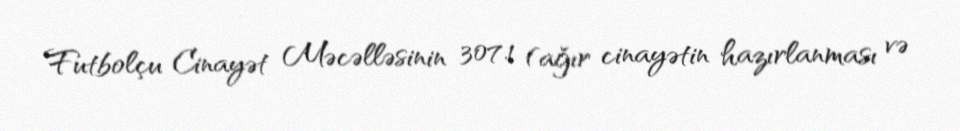
Futbolçu Cinayət Məcəlləsinin 307.1 (ağır cinayətin hazırlanması və